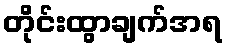
တိုင်းထွာချက်အရ